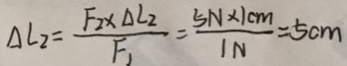
\Delta L _ { 2 } = \frac { F _ { 2 } \times \Delta L _ { 2 } } { F _ { 1 } } = \frac { 5 N \times 1 0 m } { 1 N } = 5 c m